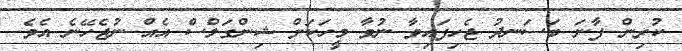
ކުރިން ފާނަ ބަސަނދު ޖެހިފައިވާ ނުވާ މީހަކަށް ޝިންގަލްސް އެއް ނުޖެހޭނެ އެވެ.